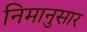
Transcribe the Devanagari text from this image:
निमानुसार